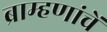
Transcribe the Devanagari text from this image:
ब्राम्हणांचें